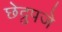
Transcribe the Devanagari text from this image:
छेद्रुपजे